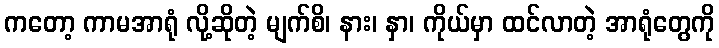
ကတော့ ကာမအာရုံ လို့ဆိုတဲ့ မျက်စိ၊ နား၊ နှာ၊ ကိုယ်မှာ ထင်လာတဲ့ အာရုံတွေကို